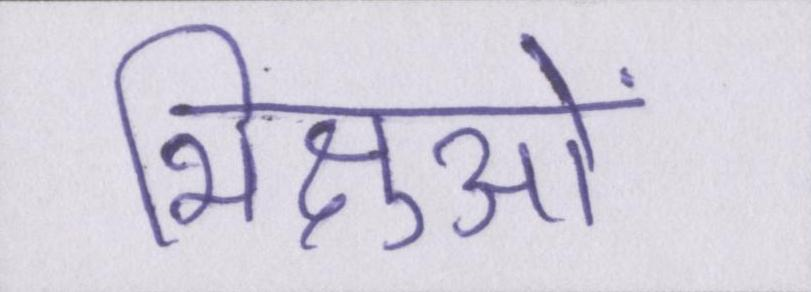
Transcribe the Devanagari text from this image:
भिक्षुओं